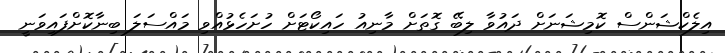
އިލެކްޝަންސް ކޮމިޝަނަށް ދައުވާ ލިބޭ ގޮތަށް މާނިއު ހައިކޯޓަށް ހުށަހެޅުއްވި މައްސަލަ ބިނާކޮށްފައިވަނީ